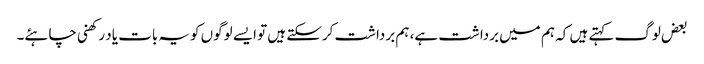
بعض لوگ کہتے ہیں کہ ہم میں برداشت ہے، ہم برداشت کرسکتے ہیں تو ایسے لوگوں کویہ بات یاد رکھنی چاہئے۔